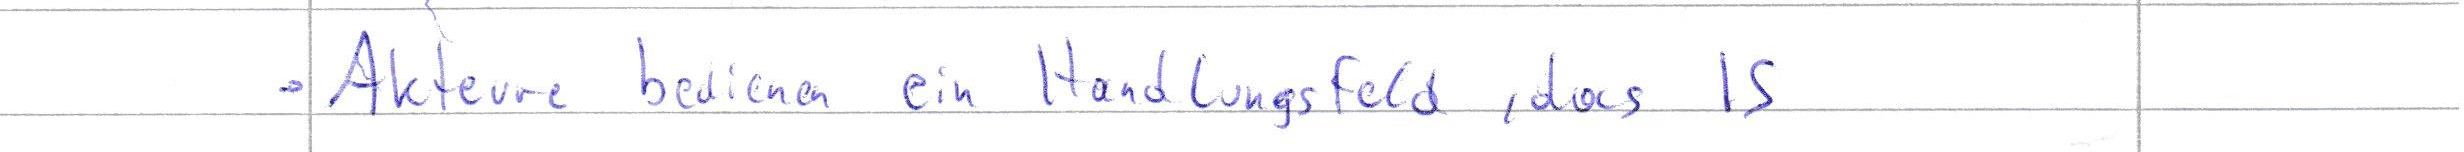
- Akteure bedienen ein Handlungsfeld, das IS